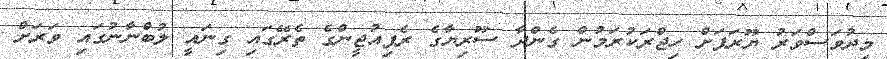
މިދުވަސްވަރު ޔޫރަޕަށް ހިޖްރަކުރަމުން ގެންދާ ސޫރިޔާގެ ރެފިއުޖީންގެ ތެރޭގައި ގިނައީ ލުބްނާނުގައި ވަރަށް